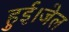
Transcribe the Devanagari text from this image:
हुई।जेल